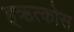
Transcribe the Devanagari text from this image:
ह्ऋत्कोस